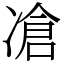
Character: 凔